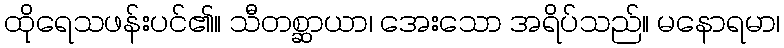
ထိုရေသဖန်းပင်၏။ သီတစ္ဆာယာ၊ အေးသော အရိပ်သည်။ မနောရမာ၊